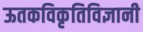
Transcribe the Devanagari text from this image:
ऊतकविकृतिविज्ञानी